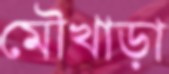
মৌখাড়া